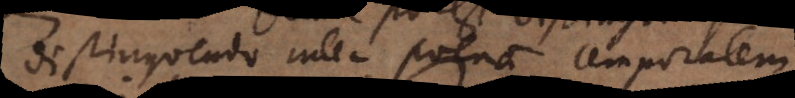
distinguendo inter poenam tem